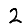
Digit: 2